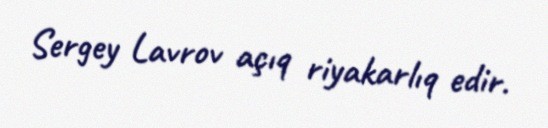
Sergey Lavrov açıq riyakarlıq edir.